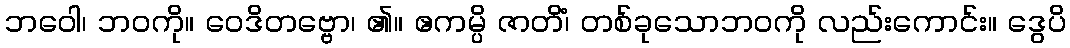
ဘဝေါ၊ ဘဝကို။ ဝေဒိတဗ္ဗော၊ ၏။ ဧကမ္ပိ ဇာတိံ၊ တစ်ခုသောဘဝကို လည်းကောင်း။ ဒွေပိ